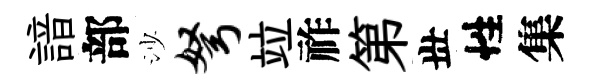
諳部沙弩竝祚第丗性集